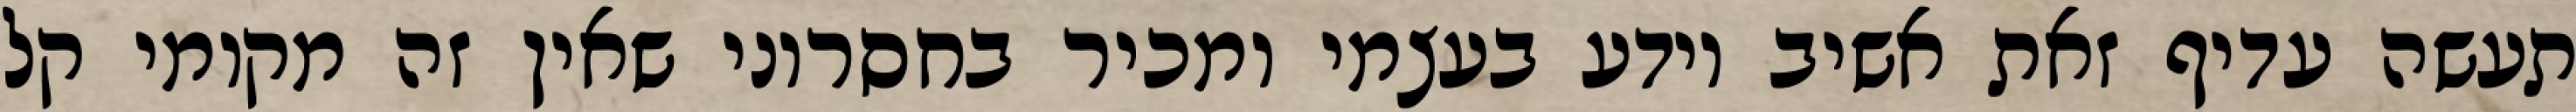
תעשה עדיף זאת אשיב יודע בעצמי ומכיר בחסרוני שאין זה מקומי קל